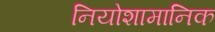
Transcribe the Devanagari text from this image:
नियोशामानिक